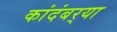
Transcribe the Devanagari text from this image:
कांदंबर्‍या